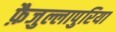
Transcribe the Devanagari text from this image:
फ़ैजुल्लापुरिया